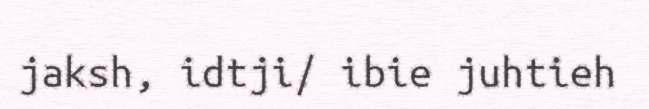
jaksh, idtji/ ibie juhtieh